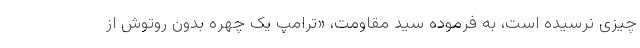
چیزی نرسیده است، به فرموده سید مقاومت، «ترامپ یک چهره بدون روتوش از